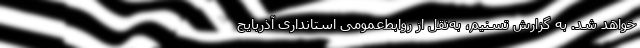
خواهد شد. به گزارش تسنیم، به‌نقل از روابط‌عمومی استانداری آذربایج